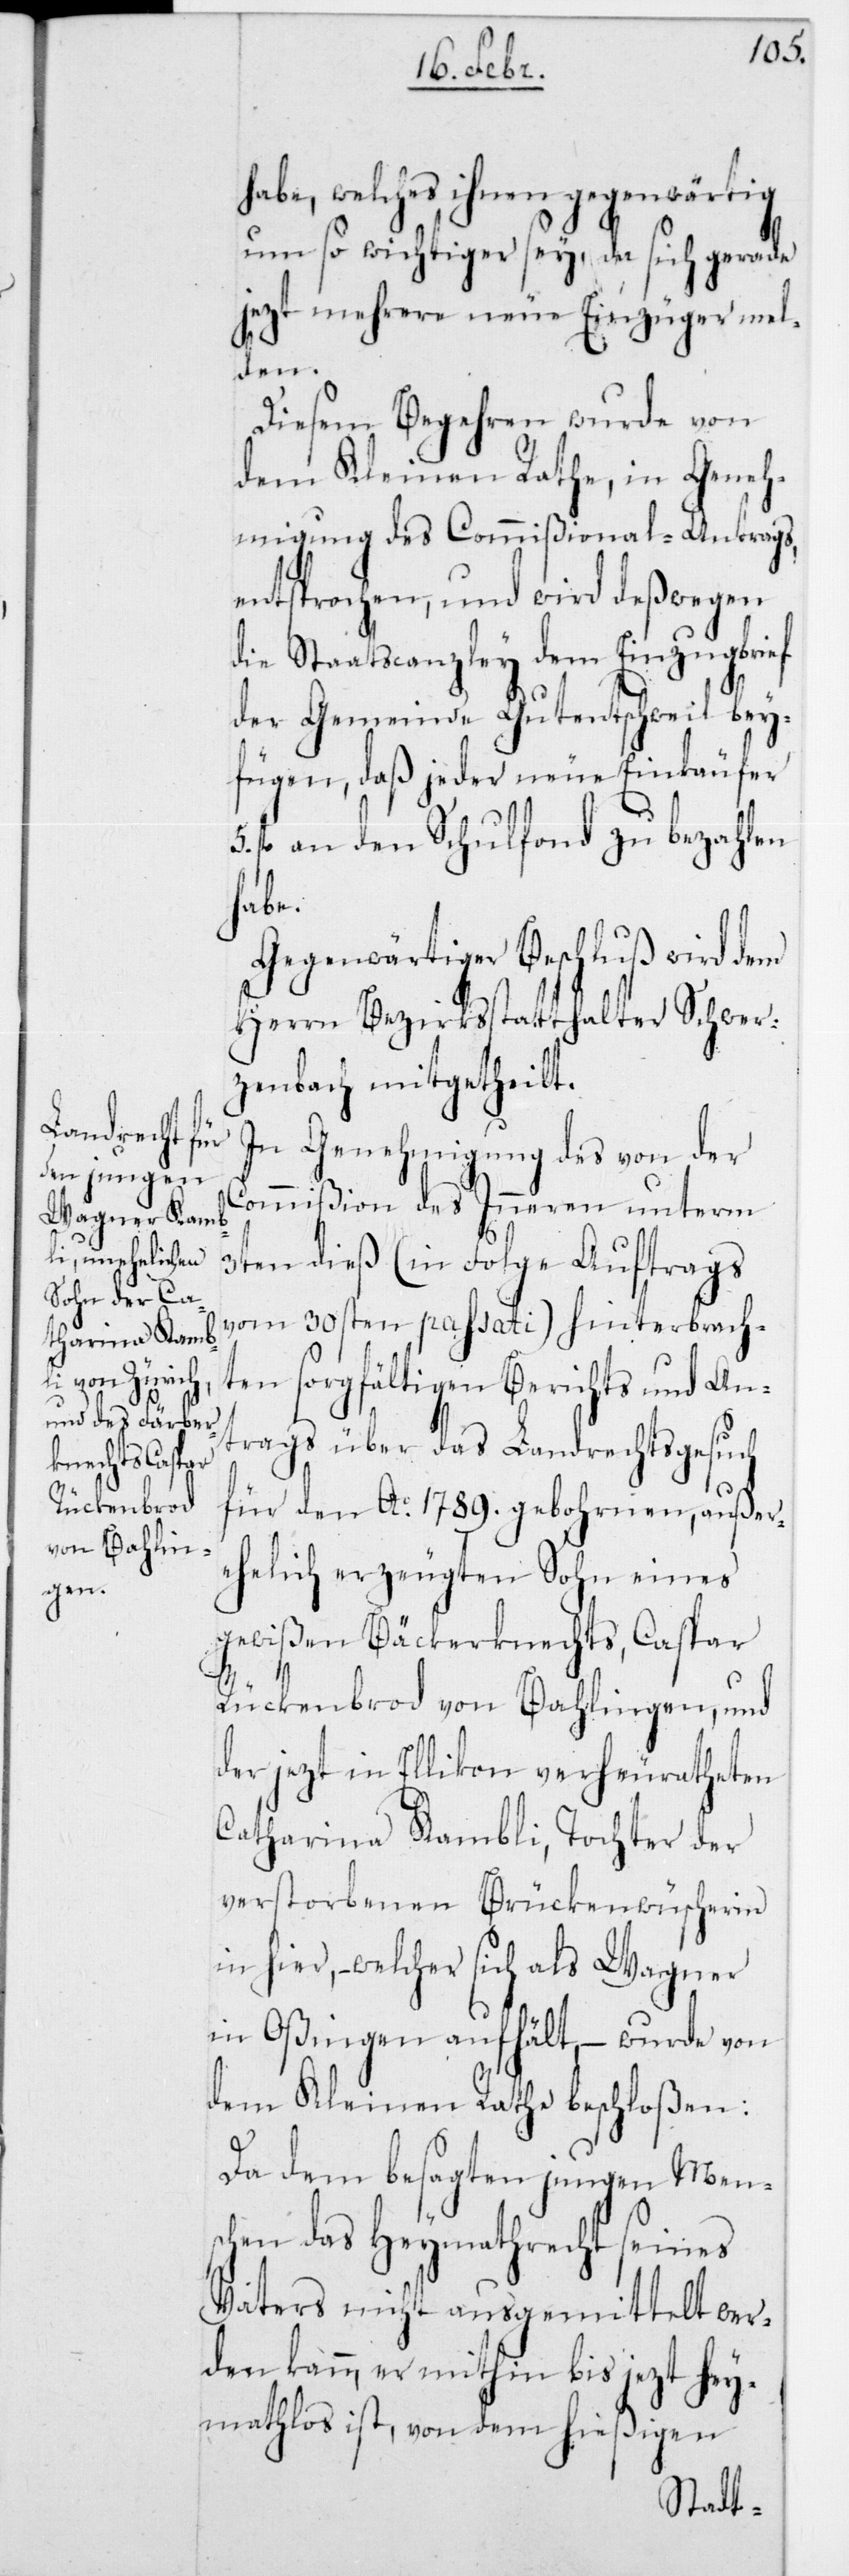
habe, welches ihnen gegenwärtig
um so wichtiger sey, da sich gerade
jetzt mehrere neue Einzüger mel¬
den.
Diesem Begehren wurde von
dem Kleinen Rathe, in Geneh¬
migung des Commißional-Antrags,
entsprochen, und wird deßwegen
die Staatscanzley dem Einzugsbrief
der Gemeinde Gutentschweil bey¬
fügen, daß jeder neue Einkäufer
5 fl. an den Schulfond zu bezahlen
habe.
Gegenwärtiger Beschluß wird dem
Herrn Bezirksstatthalter Schwer¬
zenbach mitgetheilt.
In Genehmigung des von der
Commißion des Innern unterm
3ten dieß (in Folge Auftrags
vom 30sten passati) hinterbrach¬
ten sorgfältigen Berichts und An¬
trags über das Landrechtsgesuch
für den Ao 1789 gebohrnen, außer¬
ehelich erzeugten Sohn eines
gewißen Bäckerknechts, Caspar
Rückenbrod von Bahlingen, und
der jetzt in Ellikon verheuratheten
Catharina Kambli, Tochter der
verstorbenen Brückenwüscherin
in hier, – welcher sich als Wagner
in Oßingen aufhält, – wurde von
dem Kleinen Rathe beschloßen:
Da dem besagten jungen Mensc¬
hen das Heymathrecht seines
Vaters nicht ausgemittelt wer¬
den kann, er mithin bis jetzt hey¬
mathlos ist, von dem hießigen